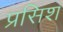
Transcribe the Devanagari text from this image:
प्रसिश